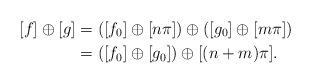
LaTeX: \begin{align*}[f] \oplus [g] & = ([f_0] \oplus [n\pi] ) \oplus ([g_0] \oplus [m \pi]) \\& = ([f_0] \oplus [g_0]) \oplus [(n+m) \pi].\end{align*}